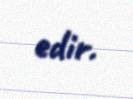
edir.